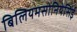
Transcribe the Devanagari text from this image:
बिलियमसोनियेसिई